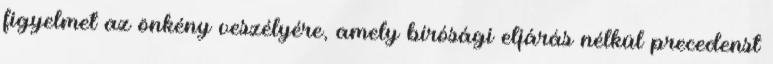
figyelmet az önkény veszélyére, amely bírósági eljárás nélkül precedenst